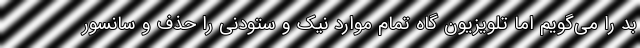
بد را می‌گویم اما تلویزیون گاه تمام موارد نیک و ستودنی را حذف و سانسور